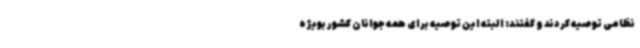
نظامی توصیه کردند و گفتند: البته این توصیه برای همه جوانان کشور بویژه